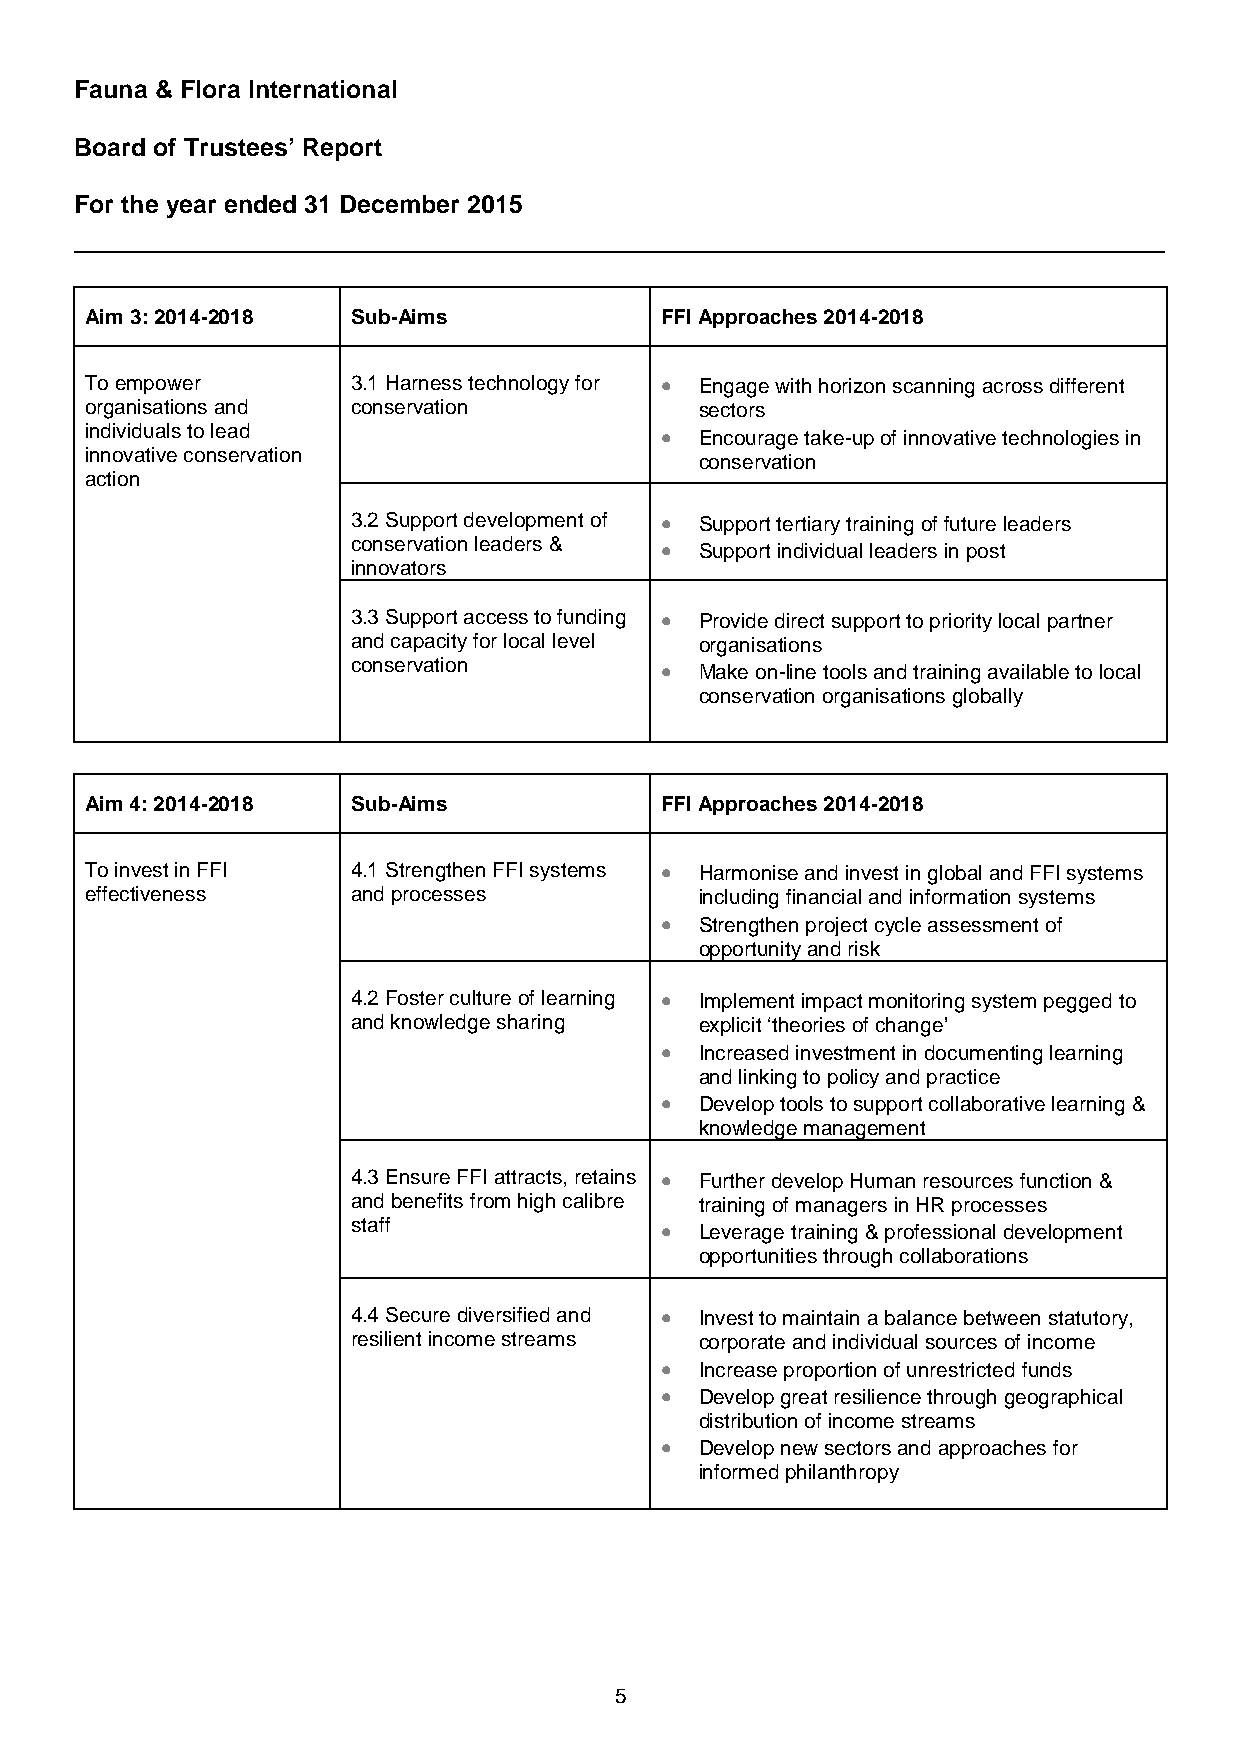
Fauna & Flora International
 Board of Trustees’ Report
 For the year ended 31 December 2015
 Aim 3: 2014-2018 Sub-Aims             FFI Approaches 2014-2018
 To empower       3.1 Harness technology for • Engage with horizon scanning across different
 organisations and conservation          sectors
 individuals to lead                   • Encourage take-up of innovative technologies in
 innovative conservation
 conservation
 action
 3.2 Support development of • Support tertiary training of future leaders
 conservation leaders & • Support individual leaders in post
 innovators
 3.3 Support access to funding • Provide direct support to priority local partner
 and capacity for local level organisations
 conservation         • Make on-line tools and training available to local
 conservation organisations globally
 Aim 4: 2014-2018 Sub-Aims             FFI Approaches 2014-2018
 To invest in FFI 4.1 Strengthen FFI systems • Harmonise and invest in global and FFI systems
 effectiveness    and processes          including financial and information systems
 • Strengthen project cycle assessment of
 opportunity and risk
 4.2 Foster culture of learning • Implement impact monitoring system pegged to
 and knowledge sharing  explicit ‘theories of change’
 • Increased investment in documenting learning
 and linking to policy and practice
 • Develop tools to support collaborative learning &
 knowledge management
 4.3 Ensure FFI attracts, retains • Further develop Human resources function &
 and benefits from high calibre training of managers in HR processes
 staff                • Leverage training & professional development
 opportunities through collaborations
 4.4 Secure diversified and • Invest to maintain a balance between statutory,
 resilient income streams corporate and individual sources of income
 • Increase proportion of unrestricted funds
 • Develop great resilience through geographical
 distribution of income streams
 • Develop new sectors and approaches for
 informed philanthropy
 5